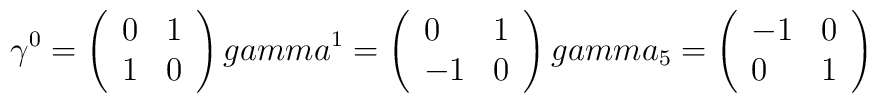
\gamma^0= \left( \begin{array} {ll}                   0 & 1 \\                   1 & 0                   \end{array} \right) \ \\gamma^1= \left( \begin{array} {ll}                   0 & 1 \\                   -1 & 0                   \end{array} \right) \ \\gamma_5= \left( \begin{array} {ll}                   -1 & 0 \\                   0 & 1                   \end{array} \right) \ \